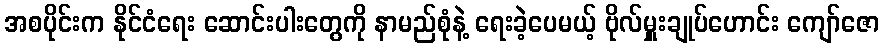
အစပိုင်းက နိုင်ငံရေး ဆောင်းပါးတွေကို နာမည်စုံနဲ့ ရေးခဲ့ပေမယ့် ဗိုလ်မှူးချုပ်ဟောင်း ကျော်ဇော